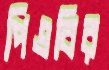
পিএবির